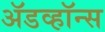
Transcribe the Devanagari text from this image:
ॲडव्हॉन्स